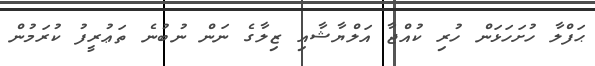
ޙަފްލާ ހުށަހަޅަން ހުރި ކުއްޖާ އަލްޔާޝާއި ޒިލާގެ ނަން ނުބުނެ ތަޢުރީފު ކުރަމުން